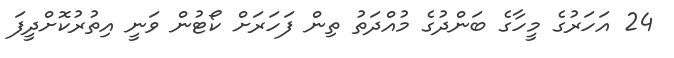
24 އަހަރުގެ މީހާގެ ބަންދުގެ މުއްދަތު ތިން ފަހަރަށް ކޯޓުން ވަނީ އިތުރުކޮށްދީފަ